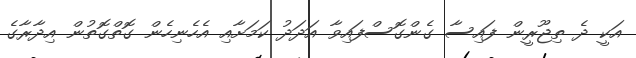
އަކީ ދެ ތިޖޫރީން ފައިސާ ގެންގޮސްފައިވާ އަދަދު ކަމަށާއި އެހެނިހެން ގޮތްގޮތުން އިދާރާގެ